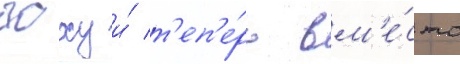
гоху и́ т'еп'е́рь вм'е́сто